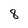
Character: 8